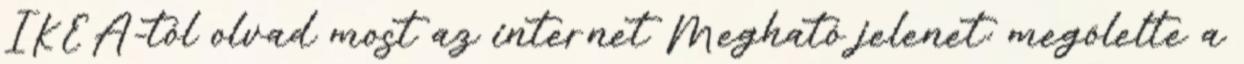
IKEA-tól olvad most az internet Megható jelenet: megölelte a